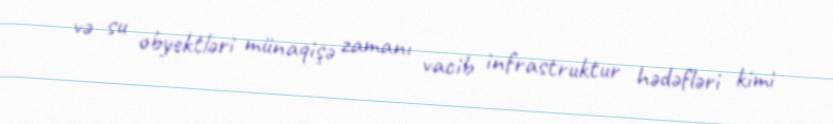
və su obyektləri münaqişə zamanı vacib infrastruktur hədəfləri kimi